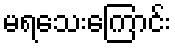
မရသေးကြောင်း